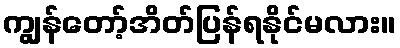
ကျွန်တော့်အိတ်ပြန်ရနိုင်မလား။